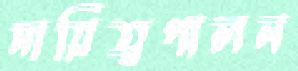
দায়িত্বপালন